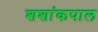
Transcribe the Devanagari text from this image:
शशांकपाल